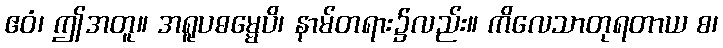
ဧဝံ၊ ဤအတူ။ အရူပဓမ္မေပိ၊ နာမ်တရား၌လည်း။ ကိလေသာတုရတာယ စ၊